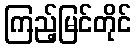
ကြည့်မြင်တိုင်